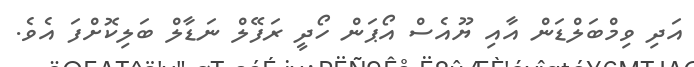
އަދި ވިމްބަލްޑަން އާއި ޔޫއެސް އޯޕަން ހޯދީ ރަފޭލް ނަޑާލް ބަލިކޮށްފަ އެވެ.